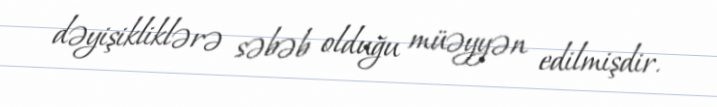
dəyişikliklərə səbəb olduğu müəyyən edilmişdir.